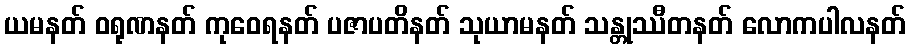
ယမနတ် ဝရုဏနတ် ကုဝေရနတ် ပဇာပတိနတ် သုယာမနတ် သန္တုဿီတနတ် လောကပါလနတ်